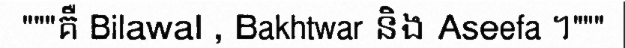
"""គឺ Bilawal , Bakhtwar និង Aseefa ។"""